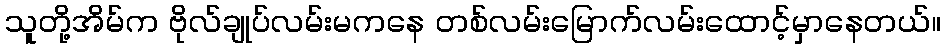
သူတို့အိမ်က ဗိုလ်ချုပ်လမ်းမကနေ တစ်လမ်းမြောက်လမ်းထောင့်မှာနေတယ်။